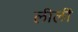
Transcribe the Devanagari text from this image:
लीलीं